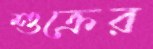
শুক্রের